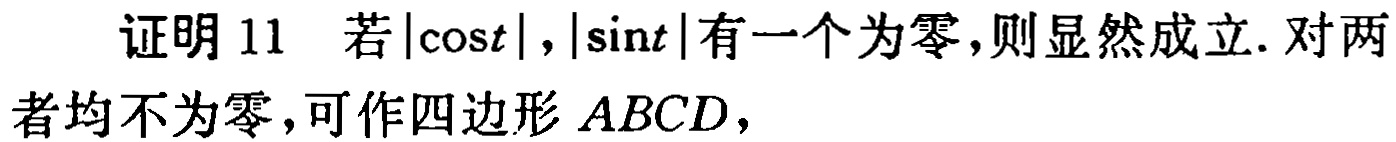
证明 11 若\(\vert\cos t\vert,\vert\sin t\vert\)有一个为零，则显然成立. 对两者均不为零，可作四边形 \(ABCD\)，